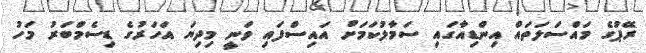
ރޭޕުގެ މައްސަލަތައް އިންޑިއާގައި ސަމާލުކަމަށް އައިސްފައި ވަނީ މިދިޔަ އަހަރުގެ ޑިސެމްބަރު މަހު